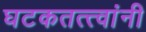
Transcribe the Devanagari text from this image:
घटकतत्त्वांनी